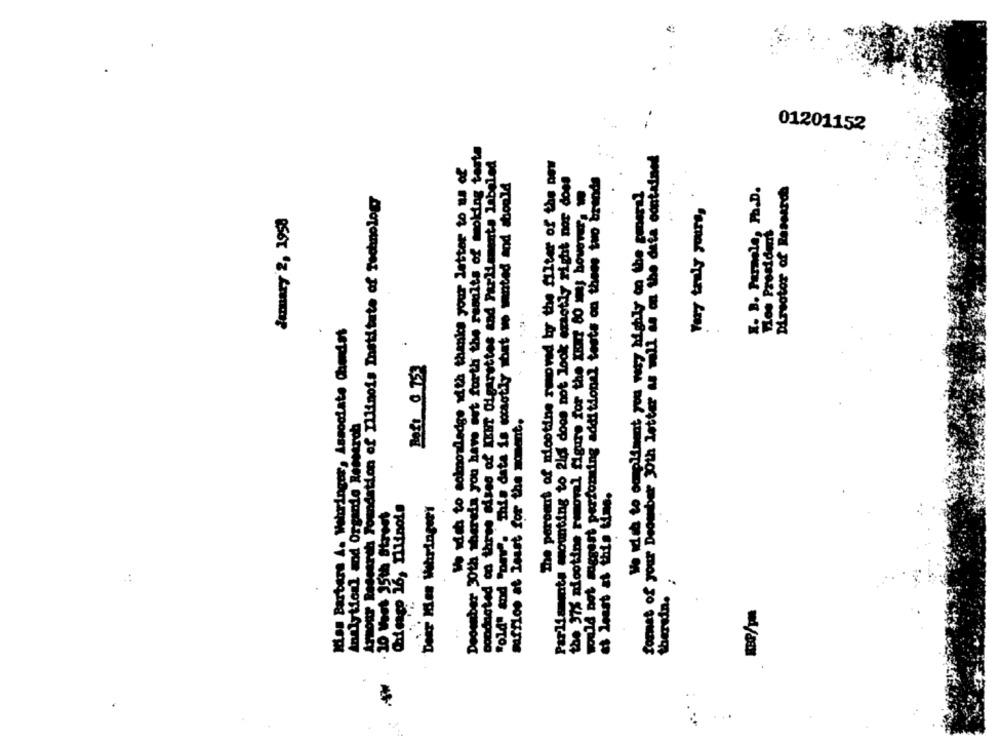
01201152
December 30th thereia you have set forth the ramilts of moking taste
condnoted od three mises of KENT Cigarettes and Parliaments labeled
format of your Deembar 30th letter as well as on the data contained
Wo wish to solmoniledge with thanks your letter to us of
Parliaments mounting to 2los doos not look exactly right nor does
would not megast perfonting additional tests on thees two brands
"old" and "per. This data is socaotily that we wanted and should
the 37% nicotine removal figure for the Khat 80 m; however, we
X. B. Farmele, Ph.D.
Director of Research
Armour Research Foundation of Illinois Institute of Technology
Tos President
Kan Barbers A. Wehringer, Associate Chordst
.
o
safflos at least for the moment.
Analytical sod Orgardo Reeserob
at least at this time.
Chicago 16, Illinois
Dear Mes Whringerr